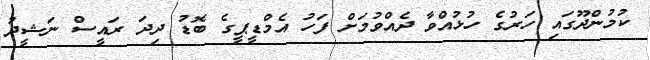
ކުމުންދޫގައި ހަރުގެ ހުޅުއްވާ ދެއްވުމަށް ފަހު އެމްޑީޕީގެ ބޮޑު ދިދަ ރައީސް ނަޝީދު